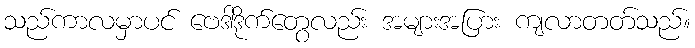
သည်ကာလမှာပင် ဗေဒါဒိုက်တွေလည်း အများအပြား ကျလာတတ်သည်။